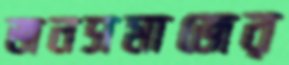
জনসমাজের